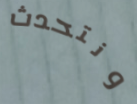
ونتحدث